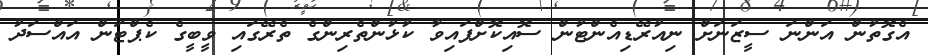
އެގޮތުން އަންނަ ސީޒަނަށް ނިއުރޭޑިއެންޓުން ސޮއިކޮށްފައިވާ ކުޅުންތެރިންގެ ތެރޭގައި ވީބީގެ ކެޕްޓަން އައްސަދު